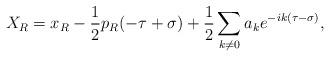
LaTeX: \begin{align*}X_R = x_R - \frac{1}{2} p_R (-\tau +\sigma) +\frac{1}{2} \sum_{k \neq 0} a_k e^{-ik(\tau -\sigma)},\end{align*}